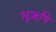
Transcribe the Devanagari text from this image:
भूऋषि